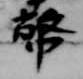
幣